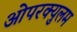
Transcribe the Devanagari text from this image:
ओपरक्युलम